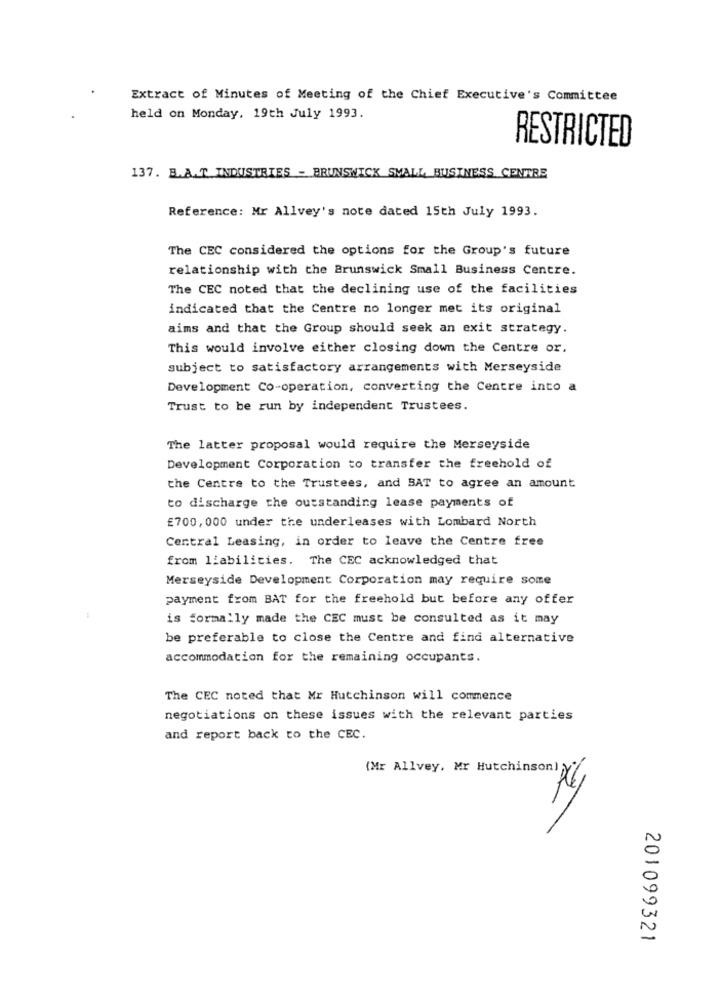
Extract of Minutes of Meeting of the Chief Executive's Committee
held on Monday, 19th July 1993.
RESTRICTED
137. B.A.T. INDUSTRIES - BRUNSWICK SMALL BUSINESS CENTRE
Reference: Mr Allvey's note dated 15th July 1993.
The CEC considered the options for the Group's future
relationship with the Brunswick Small Business Centre.
The CEC noted that the declining use of the facilities
indicated that the Centre no longer met its original
aims and that the Group should seek an exit strategy.
This would involve either closing down the Centre or.
subject to satisfactory arrangements with Merseyside
Development Co-operation, converting the Centre into a
Trust to be run by independent Trustees.
The latter proposal would require the Merseyside
Development Corporation to transfer the freehold of
the Centre to the Trustees, and BAT to agree an amount
to discharge the outstanding lease payments of
£700,000 under the underleases with Lombard North
Central Leasing, in order to leave the Centre free
from liabilities. The CEC acknowledged that
Merseyside Development Corporation may require some
payment from BAT for the freehold but before any offer
is formally made the CEC must be consulted as it may
be preferable to close the Centre and find alternative
accommodation for the remaining occupants.
The CEC noted that Mr Hutchinson will commence
negotiations on these issues with the relevant parties
and report back to the CEC.
(Mr Allvey, Mr Hutchinson) >
201099321